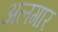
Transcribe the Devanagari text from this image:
अलगार